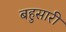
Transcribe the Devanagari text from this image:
बहुसारी